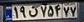
۱۹ن۷۵۴۷۷